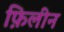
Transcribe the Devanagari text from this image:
फ़िलीन